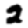
Digit: 2